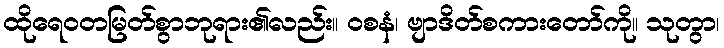
ထိုရေဝတမြတ်စွာဘုရား၏လည်း။ ဝစနံ၊ ဗျာဒိတ်စကားတော်ကို။ သုတွာ၊